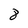
Character: 8